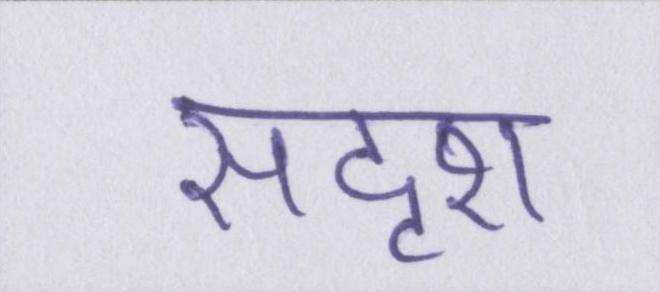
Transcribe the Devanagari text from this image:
सदृश